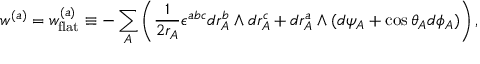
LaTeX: w ^ { ( a ) } = w _ { \mathrm { f l a t } } ^ { ( a ) } \equiv - \sum _ { A } \left( \frac { 1 } { 2 r _ { A } } \epsilon ^ { a b c } d r _ { A } ^ { b } \wedge d r _ { A } ^ { c } + d r _ { A } ^ { a } \wedge ( d \psi _ { A } + \cos \theta _ { A } d \phi _ { A } ) \right) ,